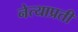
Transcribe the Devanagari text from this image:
नेत्याप्रती